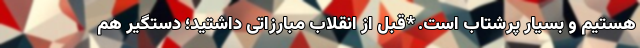
هستیم و بسیار پرشتاب است. *قبل از انقلاب مبارزاتی داشتید؛ دستگیر هم